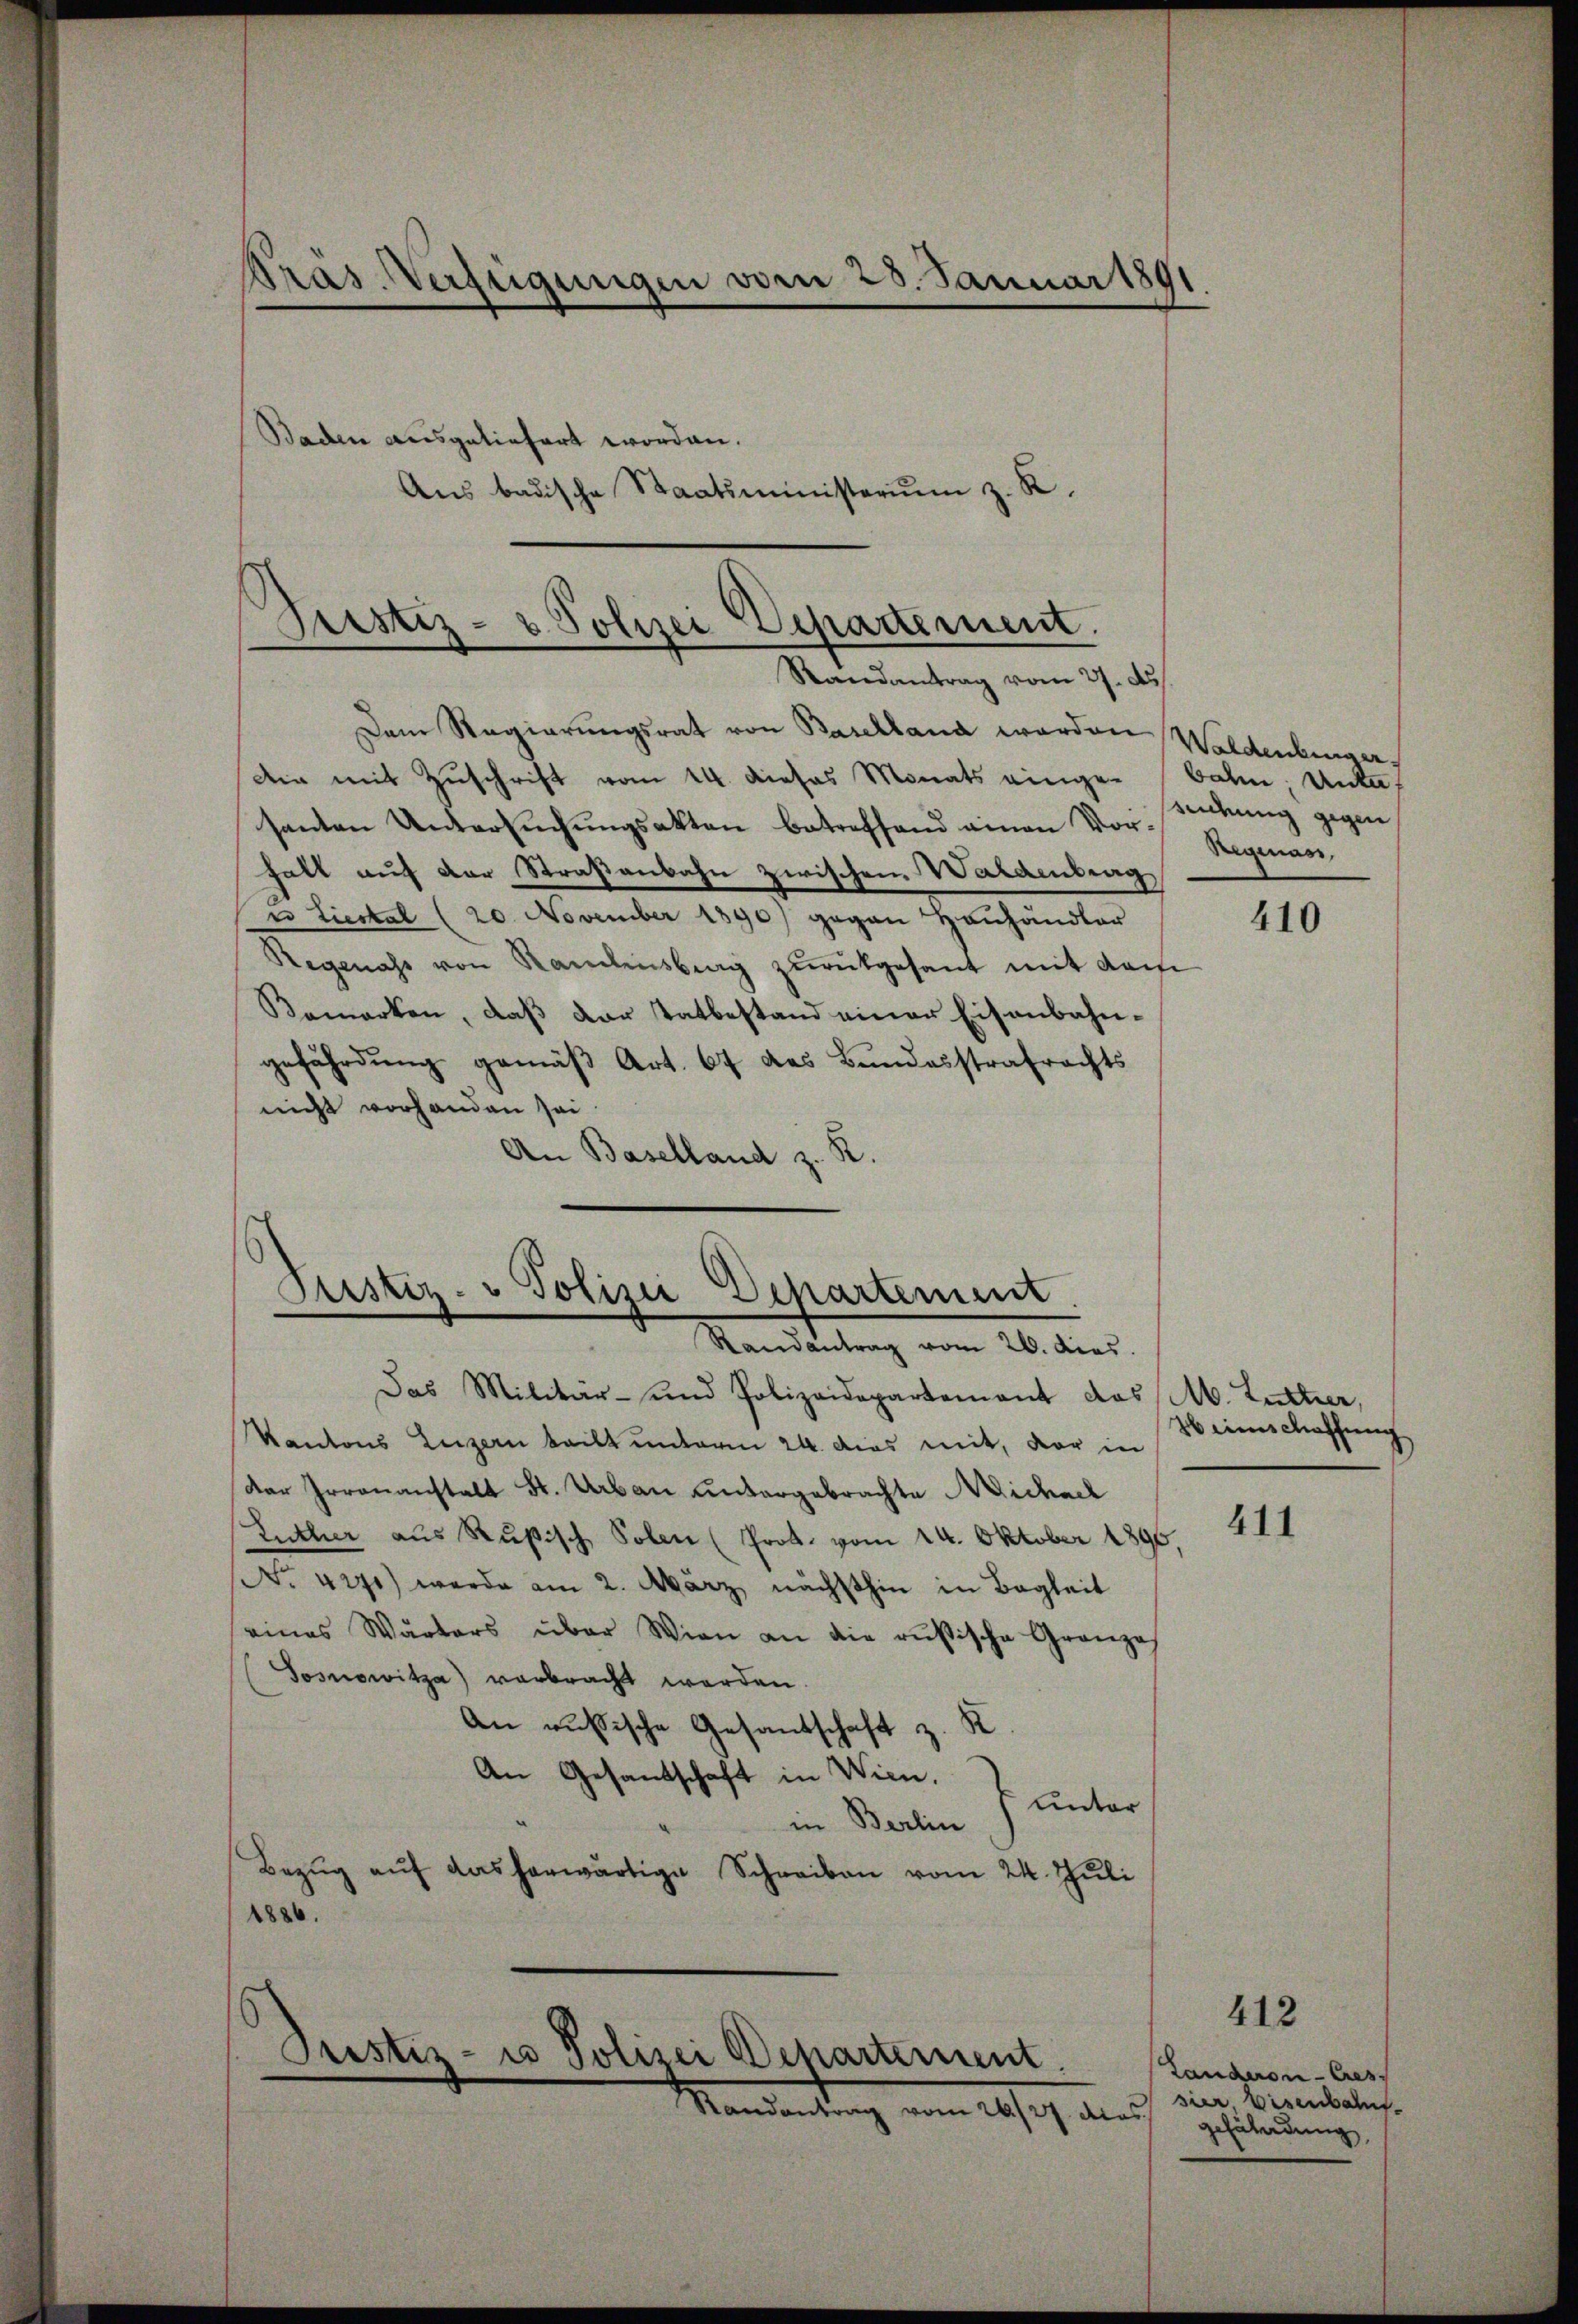
Pras. Verfügungen vom 25. Januar 1891
Baden ausgeliefert worden.
Aus badische Staatsministerium z. K.

Justiz- & Polizei Departement.
Standantrag vom 27. d.

Dann Regierungsrat von Baselland werden Waldenburger
die mit Zŭschrift vom 14. dieses Monats einge-Bahn, Unte
santen Untersuchungsakten betreffend einen Vor Regenan
halt auf der Straßenbahn zwischen Waldenbrag
e Liestal (20. November 1890) gegen Hauhändler
Regenass von Ramlensberg zŭrückgesant mit dami
Bemerken, daß der Tatbestand einer Eisenbahngefährdung gemäβ Art. 67 des Bundesstrafrechts
nicht vorhanden sei.
An Baselland z. R.

Justiz- & Polizei Departement.
Randantrag vom 26. dies.

Justiz- u Polizei Departement.
Mandantung vom 20sten aus

seidung gegen

Das Militär- und Polizeidepartement das Ab. Lutter,
Kantons Luzern teilt unterm 24. dies mit, der in
der Irrenanstalt St. Urbau untergebrachte Michael
Luther aus Rußisch Solen (Prot. vom 24. Oktober 189
(Nr. 4291) werde am 2. März nächsthin in Bagkeit
eines Wärters über Wien an die rusische Granzos
Sosnowitza) verbracht werden.
An russische Gesandschaft z. K
An Gesandschaft in Wien.
Unter
in Berlin
Bezŭg aŭf das herwärtige Schreiben vom 24. Juli
1886.

410

8 einschaffung

411

412

Landeron-Cres
sier, Visenbahnf
gefährdung